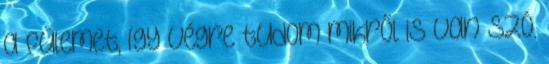
a fülemet, így végre tudom mikről is van szó.